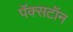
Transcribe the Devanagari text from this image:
पॅक्सटॉन